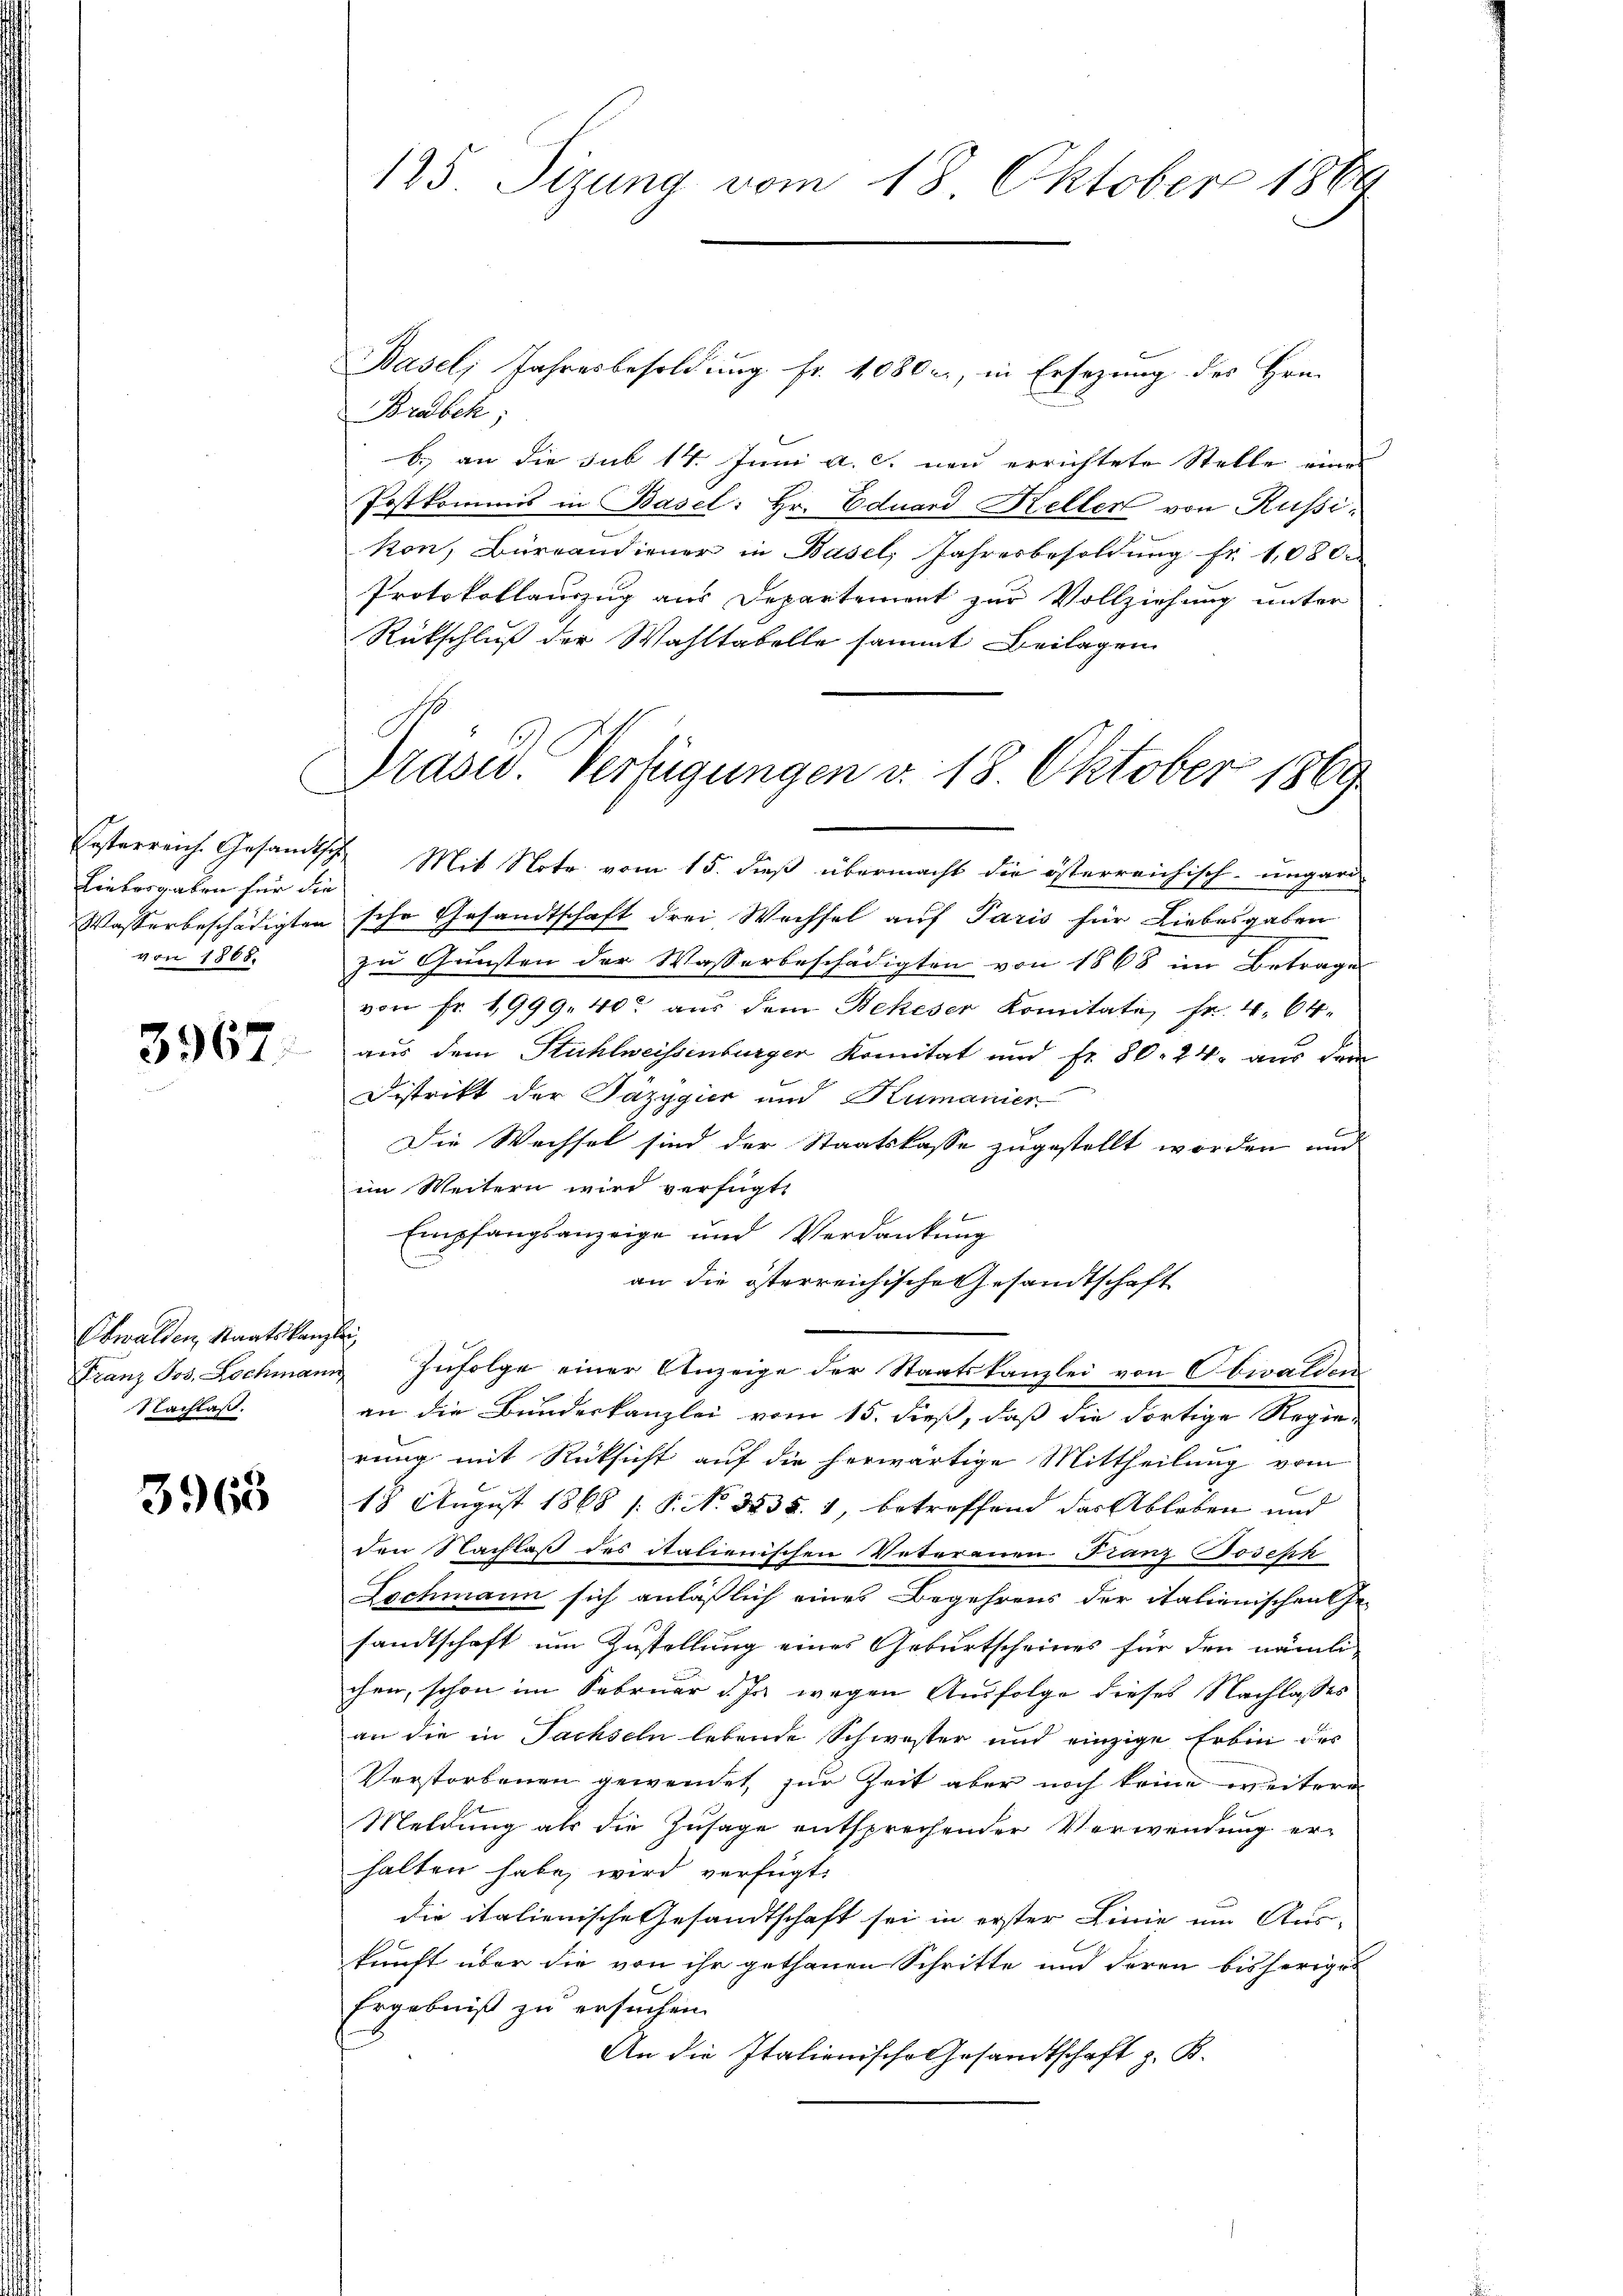
Liebergaben für die
von 1868

3967.

Oswalden, Staatskanzlei
Nachlaß.

3965

C

Basel, Jahresbesoldung fr. 1080 c., in Ersezung des Hrn.
Bräbck;
b.) an die sub 14. Juni a. c. neu errichtete Stelle eines
Postkommis in Basel: Hr. Eduard Keller von Russikon, Bureaudiener in Basel, Jahresbesoldung fr. 1080.
Protokollauszug aus Departement zur Vollziehung unter
Rückschluß der Wahltabelle sammt Beilagen

1285 Sizung vom 18. Oktober 1889

Präsid. Verfügungen d. 18. Oktober 1869

Ersterreich. Gesandtsch Mit Note vom 15. dieß übermacht die österreichisch-ungard
Wasserbeschädigten sche Gesandtschaft drei Wechsel auf Paris für Liebesgaben
zu Gunsten der Wasserbeschädigten von 1868 im Betrage
von Fr. 1999, 40 aus dem Bekeser Komitate, Fr. 4. 64.
t
aus dem Stühlweissenburger Komitat und Fr. 80. 24. aus dem
Distrikt der Pazygier und Humanier
Die Wechsel sind der Staatskasse zugestellt worden und
im Weitern wird verfügt:
Empfangsanzeige und Verdankung
n
an die österreichische Gesandtschaft
Franz Jos. Lochmann Infolge einer Anzeige der Staatskanzlei von Obwalden
an die Bundeskanzlei vom 15. dieß, daß die dortige Regie-
rung mit Rücksicht auf die herwärtige Mittheilung vom
18 August 1868 /: P. No 3535. 1, betreffend das Ableben und
den Nachlaß des italienischen Veterenen Franz Joseph
Lochmann sich anläßlich eines Begehrens der italienischen Ge-
sandtschaft um Zustellung eines Geburtscheines für den nämli
chen, schon im Februar d. Ja wegen Ausfolge dieses Nachlasses
an die in Fachseln lebende Schwester und einzige Erbin des
Verstorbenen gewendet, zur Zeit aber noch keine weitere
Meldung als die Zusage entsprechender Verwendung erhalten habe, wird verfügt:
die italienische Gesandtschaft sei in erster Linie um Aus-
kunft über die von ihr gethanen Schritte und deren bisheriges
Ergebniß zu ersuchen.
An die Italienische Gesandtschaft z. B.